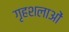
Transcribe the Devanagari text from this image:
गृहशलाओं